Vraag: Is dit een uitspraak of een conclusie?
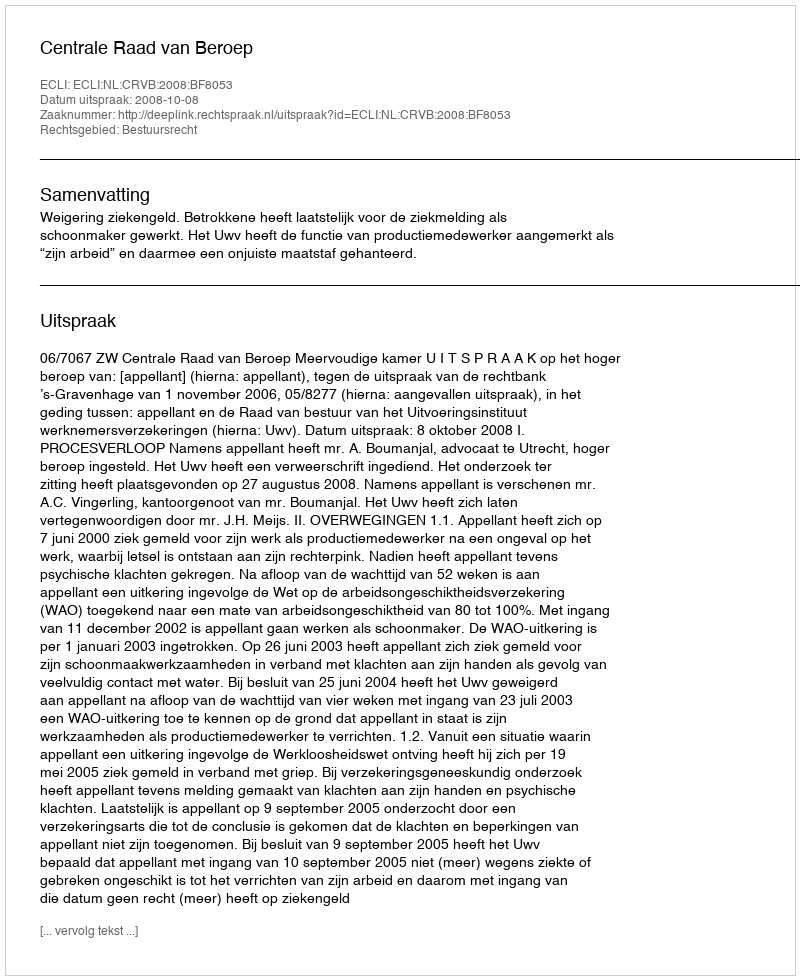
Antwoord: Uitspraak